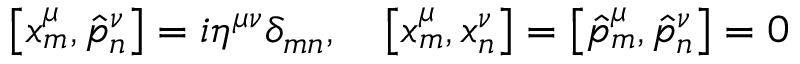
\left[ x _ { m } ^ { \mu } , \hat { p } _ { n } ^ { \nu } \right] = i \eta ^ { \mu \nu } \delta _ { m n } , \quad \left[ x _ { m } ^ { \mu } , x _ { n } ^ { \nu } \right] = \left[ \hat { p } _ { m } ^ { \mu } , \hat { p } _ { n } ^ { \nu } \right] = 0